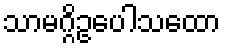
သာမဂ္ဂိဥပေါသထော